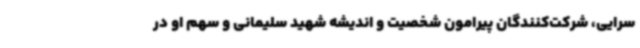
سرایی، شرکت‌کنندگان پیرامون شخصیت و اندیشه شهید سلیمانی و سهم او در